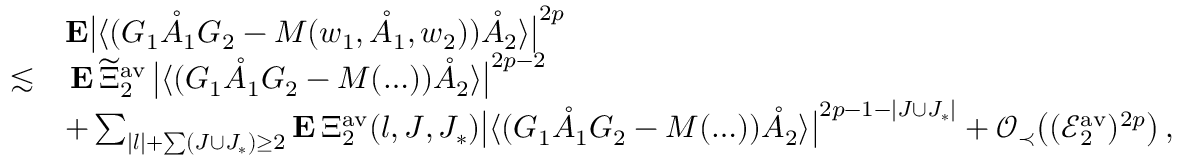
\begin{array} { r l } & { \mathbf { E } \big | \langle ( G _ { 1 } \mathring { A } _ { 1 } G _ { 2 } - M ( w _ { 1 } , \mathring { A } _ { 1 } , w _ { 2 } ) ) \mathring { A } _ { 2 } \rangle \big | ^ { 2 p } } \\ { \lesssim } & { \, \mathbf { E } \, \widetilde { \Xi } _ { 2 } ^ { \mathrm { a v } } \, \big \vert \langle ( G _ { 1 } \mathring { A } _ { 1 } G _ { 2 } - M ( \ldots ) ) \mathring { A } _ { 2 } \rangle \big \vert ^ { 2 p - 2 } } \\ & { + \sum _ { | \boldsymbol { l } | + \sum ( J \cup J _ { * } ) \ge 2 } \mathbf { E } \, \Xi _ { 2 } ^ { \mathrm { a v } } ( \boldsymbol { l } , J , J _ { * } ) \big \vert \langle ( G _ { 1 } \mathring { A } _ { 1 } G _ { 2 } - M ( \ldots ) ) \mathring { A } _ { 2 } \rangle \big \vert ^ { 2 p - 1 - | J \cup J _ { * } | } + \mathcal { O } _ { \prec } \big ( ( \mathcal { E } _ { 2 } ^ { \mathrm { a v } } ) ^ { 2 p } \big ) \, , } \end{array}